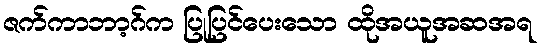
ဇက်ကာဘာ့ဂ်က ပြုပြင်ပေးသော ထိုအယူအဆအရ